system: You are a helpful assistant.
user:
Analyze the provided spectrum to determine if it is a **M-type Giant (gM)**.

A M-type Giant spectrum is defined by its **strong molecular absorption** features, particularly from **Titanium Oxide (TiO)**. You must check for one of the following mutually exclusive signatures:

- **Key Visual Indicators (Absorption-Dominated Spectrum):**

    - **(Primary):** The spectrum is dominated by strong molecular absorption from **Titanium Oxide (TiO)**. This is the **defining feature** of its M-type temperature class.
        - **(Key Bandheads):** Look for sharp, "saw-tooth" absorption valleys. The strongest are located near **~7050 Å**, **~6160 Å**, and **~5170 Å**.
        - **(Line Profile):** The "saw-tooth" morphology is critical: a **sharp, steep drop on the BLUE (short-wavelength) side** of the bandhead, followed by a gradual recovery (rising flux) towards the RED (long-wavelength) side.

    - **(Key Confirmation - Giant vs. Dwarf):** **ABSENCE** of strong **Calcium Hydride (CaH)** molecular bands. This is the primary diagnostic for *excluding* M-dwarfs.
        - **(Key Region):** The spectrum should lack the strong, broad absorption band seen in dwarfs between **~6800 Å and ~7000 Å**.

    - **(Secondary Confirmation - Giant):** A very strong and broad **Neutral Calcium (Ca I)** atomic absorption line.
        - **(Key Line):** Located at **~4226 Å**. In a giant (gM), this line is significantly deeper and broader than the same line in an M-dwarf (dM) due to low surface gravity.

    - **(Overall Spectrum):**
        - The continuum is **extremely red-sloping** (i.e., flux is very low in the blue and rises dramatically towards the red).
        - The entire spectrum appears "chopped up" by the deep TiO bands.

Think first, call **spectral_visualization_tool** if needed to examine features in detail, then provide your final answer. Your response must adhere to the following strict rules:
1.  **Overall Structure:** Your response must follow the format `<think>...</think> <tool_call>...</tool_call> (if a tool is used) <answer>...</answer>`.
2.  **Tool Usage Constraint:** You may only make **one** tool call per turn.
3.  **Final Answer Format:** In the `<answer>` tag, your conclusion must be inside a `\boxed{}` command (e.g., `\boxed{YES}` or `\boxed{NO}`), followed by your justification.

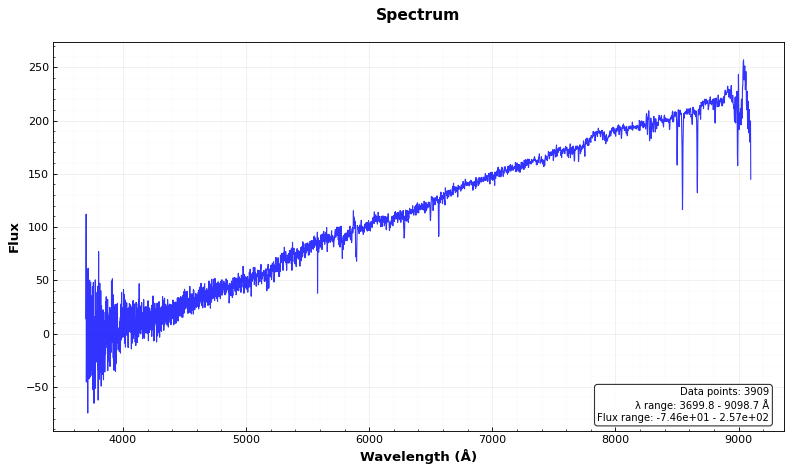
Answer: NO